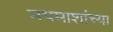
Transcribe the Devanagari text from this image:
मधमाशांच्या